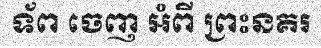
ទ័ព ចេញ អំពី ព្រះនគរ